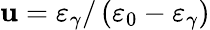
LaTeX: \mathbf{u}=\varepsilon_{\gamma}/\left(\varepsilon_{0}-\varepsilon_{\gamma}\right)